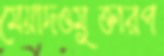
মেয়াদওমুক্তারপ